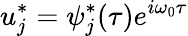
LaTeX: u_{j}^{*}=\psi_{j}^{*}(\tau)e^{i\omega_{0}\tau}